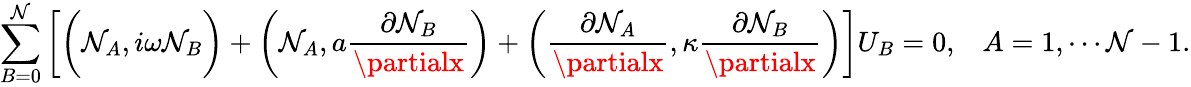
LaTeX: \sum_{B=0}^{\mathcal{N}}\left[\bigg(\mathcal{N}_{A},i\omega\mathcal{N}_{B}\bigg)+\left(\mathcal{N}_{A},a\frac{{\partial\mathcal{N}_{B}}}{{\partialx}}\right)+\left(\frac{{\partial\mathcal{N}_{A}}}{{\partialx}},\kappa\frac{{\partial\mathcal{N}_{B}}}{{\partialx}}\right)\right]U_{B}=0,\; \; \; A=1,\cdots\mathcal{N}-1.